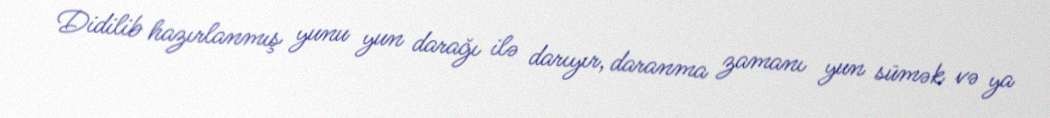
Didilib hazırlanmış yunu yun darağı ilə darıyır, daranma zamanı yun sümək və ya